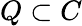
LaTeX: Q\subset C